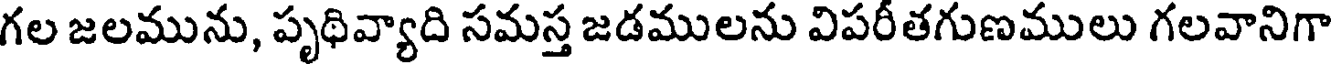
గల జలమును, పృథివ్యాది సమస్త జడములను విపరీతగుణములు గలవానిగా